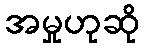
အမှုဟုဆို